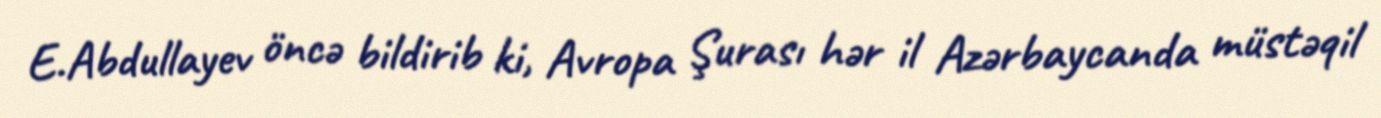
E.Abdullayev öncə bildirib ki, Avropa Şurası hər il Azərbaycanda müstəqil